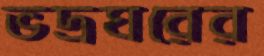
ভদ্রঘরের